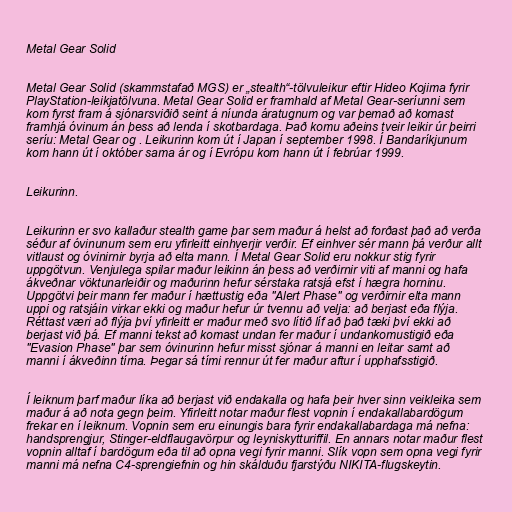
Metal Gear Solid

Metal Gear Solid (skammstafað MGS) er „stealth“-tölvuleikur eftir Hideo Kojima fyrir
PlayStation-leikjatölvuna. Metal Gear Solid er framhald af Metal Gear-seríunni sem
kom fyrst fram á sjónarsviðið seint á níunda áratugnum og var þemað að komast
framhjá óvinum án þess að lenda í skotbardaga. Það komu aðeins tveir leikir úr þeirri
seríu: Metal Gear og . Leikurinn kom út í Japan í september 1998. Í Bandaríkjunum
kom hann út í október sama ár og í Evrópu kom hann út í febrúar 1999.

Leikurinn.

Leikurinn er svo kallaður stealth game þar sem maður á helst að forðast það að verða
séður af óvinunum sem eru yfirleitt einhverjir verðir. Ef einhver sér mann þá verður allt
vitlaust og óvinirnir byrja að elta mann. Í Metal Gear Solid eru nokkur stig fyrir
uppgötvun. Venjulega spilar maður leikinn án þess að verðirnir viti af manni og hafa
ákveðnar vöktunarleiðir og maðurinn hefur sérstaka ratsjá efst í hægra horninu.
Uppgötvi þeir mann fer maður í hættustig eða "Alert Phase" og verðirnir elta mann
uppi og ratsjáin virkar ekki og maður hefur úr tvennu að velja: að berjast eða flýja.
Réttast væri að flýja því yfirleitt er maður með svo lítið líf að það tæki því ekki að
berjast við þá. Ef manni tekst að komast undan fer maður í undankomustigið eða
"Evasion Phase" þar sem óvinurinn hefur misst sjónar á manni en leitar samt að
manni í ákveðinn tíma. Þegar sá tími rennur út fer maður aftur í upphafsstigið.

Í leiknum þarf maður líka að berjast við endakalla og hafa þeir hver sinn veikleika sem
maður á að nota gegn þeim. Yfirleitt notar maður flest vopnin í endakallabardögum
frekar en í leiknum. Vopnin sem eru einungis bara fyrir endakallabardaga má nefna:
handsprengjur, Stinger-eldflaugavörpur og leyniskytturiffil. En annars notar maður flest
vopnin alltaf í bardögum eða til að opna vegi fyrir manni. Slík vopn sem opna vegi fyrir
manni má nefna C4-sprengiefnin og hin skálduðu fjarstýðu NIKITA-flugskeytin.